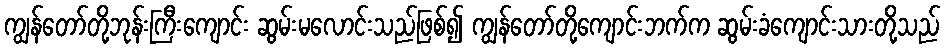
ကျွန်တော်တို့ဘုန်းကြီးကျောင်း ဆွမ်းမလောင်းသည်ဖြစ်၍ ကျွန်တော်တို့ကျောင်းဘက်က ဆွမ်းခံကျောင်းသားတို့သည်